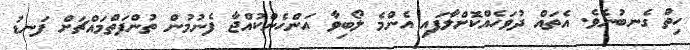
ހިތް ގެނބުނެވެ. އެތައް ދުވަހެއްކޮށްލާފައި އެންމެ ލޯބިވާ އަންހެންކުއްޖާ ފެނުމުން ތުންފަތްމައްޗަށް ފަނޑު